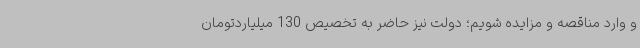
و وارد مناقصه و مزایده شویم؛ دولت نیز حاضر به تخصیص 130 میلیاردتومان